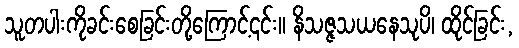
သူတပါးကိုခင်းစေခြင်းတို့ကြောင့်၎င်း။ နိသဇ္ဇသယနေသုပိ၊ ထိုင်ခြင်း,